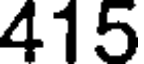
415